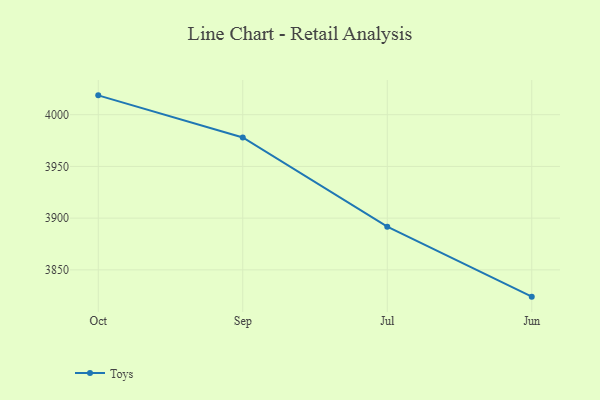
{"axis": {"x": "Month", "y": "Headcount"}, "legend": ["Toys"], "data": [{"x": "Oct", "y": 4018.7, "type": "Toys"}, {"x": "Sep", "y": 3978.0, "type": "Toys"}, {"x": "Jul", "y": 3891.7, "type": "Toys"}, {"x": "Jun", "y": 3824.1, "type": "Toys"}]}